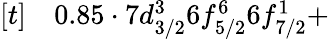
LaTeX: \begin{array}{rl}{[t]}&{{}0.85\cdot 7d_{3/2}^{3}6f_{5/2}^{6}6f_{7/2}^{1}+}\end{array}